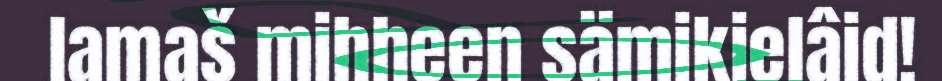
lamaš mihheen sämikielâid!